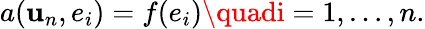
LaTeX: a(\mathbf{u}_{n},e_{i})=f(e_{i})\quadi=1,\ldots,n.